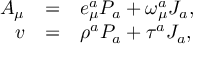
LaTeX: \begin{array} { r c l } { { A _ { \mu } } } & { { = } } & { { e _ { \mu } ^ { a } P _ { a } + \omega _ { \mu } ^ { a } J _ { a } , } } \\ { { v } } & { { = } } & { { \rho ^ { a } P _ { a } + \tau ^ { a } J _ { a } , } } \end{array}